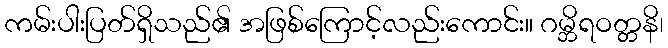
ကမ်းပါးပြတ်ရှိသည်၏ အဖြစ်ကြောင့်လည်းကောင်း။ ဂမ္ဘိရဝတ္တနိ၊